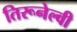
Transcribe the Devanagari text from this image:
तिरूनेल्वी